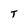
Character: T